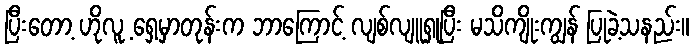
ပြီးတော့ ဟိုလူ့ ရှေ့မှာတုန်းက ဘာကြောင့် လျစ်လျူရှုပြီး မသိကျိုးကျွန် ပြုခဲ့သနည်း။